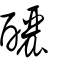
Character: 釃